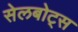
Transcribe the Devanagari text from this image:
सेलबोट्स